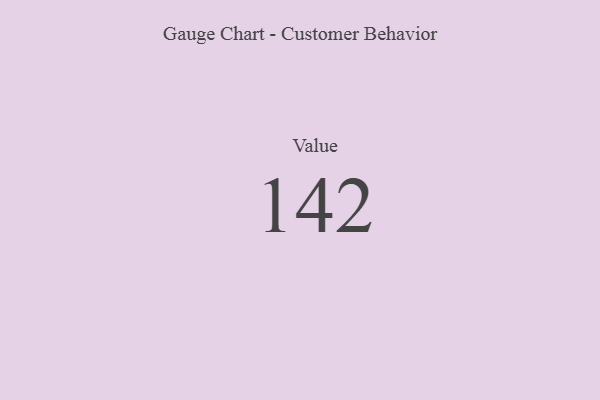
{"axis": {"x": "Metric", "y": "Value"}, "legend": [""], "data": [{"x": "Value", "y": 142, "type": ""}]}